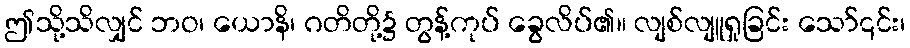
ဤသို့သိလျှင် ဘဝ၊ ယောနိ၊ ဂတိတို့၌ တွန့်ကုပ် ခွေလိပ်၏။ လျစ်လျူရှုခြင်း သော်၎င်း၊